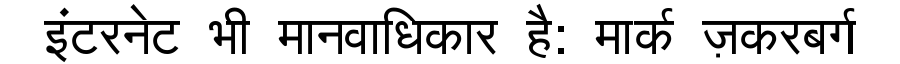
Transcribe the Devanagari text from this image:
इंटरनेट भी मानवाधिकार है: मार्क ज़करबर्ग